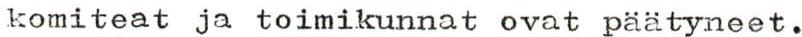
komiteat ja toimikunnat ovat päätyneet.